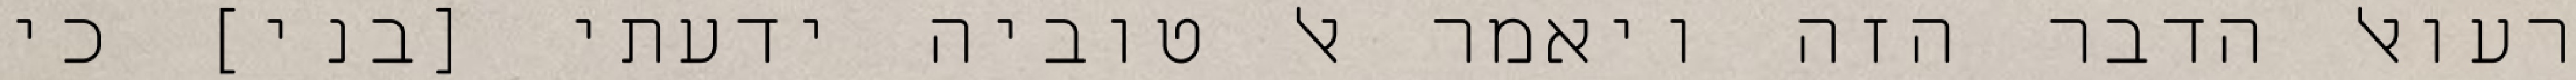
רעואל הדבר הזה ויאמר אל טוביה ידעתי [בני] כי